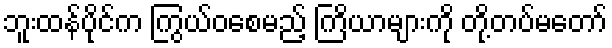
ဘူးထန်ပိုင်က ကြွယ်ဝစေမည့် ကြိယာများကို တို့တပ်မတော်